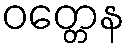
ဝတ္တေန